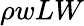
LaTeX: \rho wLW